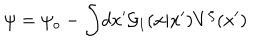
LaTeX: \psi = \psi _ { o } - \int \! d x ^ { \prime } { \cal G } _ { 1 } ( x | x ^ { \prime } ) V ^ { \zeta } ( x ^ { \prime } )